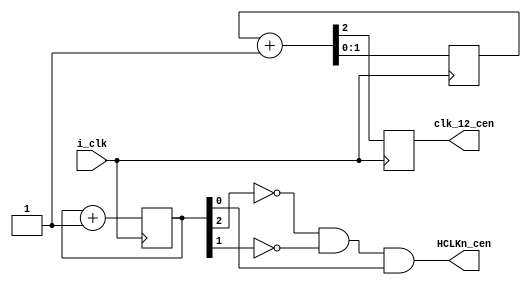
//XSleenaCore_CLK_CEN_Cen.v
//clk_i   48MHz
`default_nettype none
`timescale 1ns/1ps

module XSleenaCore_CLK_CEN_Cen (
    input wire  i_clk, //48MHz
    output wire clk_12_cen,
    output wire HCLKn_cen
);
    //--------- 12 MHz ---------
    reg ck_stb1=1'b0;
    reg	[1:0] counter1=2'h3;

    always @(posedge i_clk) begin
      { ck_stb1, counter1 } <= counter1 + 2'h1; //stores carry out on ck_stb1
    end

    assign clk_12_cen = ck_stb1;

    //--------- HCLKn ---------
    reg ck_stb2=1'b0;
    reg	[2:0] counter2=3'h7;
    always @(posedge i_clk) begin
      { ck_stb2, counter2 } <= counter2 + 3'h1; //stores carry out on ck_stb2
    end

    assign HCLKn_cen = ~counter2[2] & ~counter2[1] & counter2[0];
endmodule